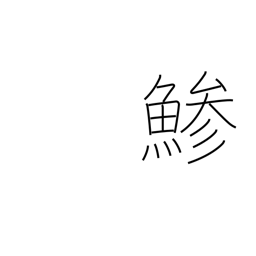
Meaning: horse mackerel